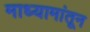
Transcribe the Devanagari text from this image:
माध्यामांतून